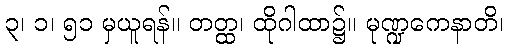
၃၊ ၁၊ ၅၁ မှယူရန်။ တတ္ထ၊ ထိုဂါထာ၌။ မုဏ္ဍကေနာတိ၊